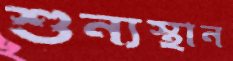
শুন্যস্থান